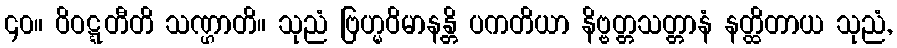
၄၀။ ဝိဝဋ္ဋတီတိ သဏ္ဌာတိ။ သုညံ ဗြဟ္မဝိမာနန္တိ ပကတိယာ နိဗ္ဗတ္တသတ္တာနံ နတ္ထိတာယ သုညံ,